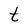
Character: t